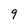
Character: 9